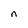
Character: n